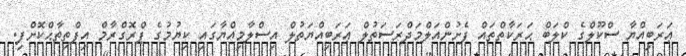
ޢަރަބިއްޔާ ސްކޫލްގެ ކްލަބް ޙަރަކާތްތައް ފެށުންއަލްމަދްރަސަތުލް ޢަރަބިއްޔަތުލް އިސްލާމިއްޔާގައި ކިޔުމުގެ ޕްރޮގްރާމް އިފްތިތާޙްކޮށްފި.